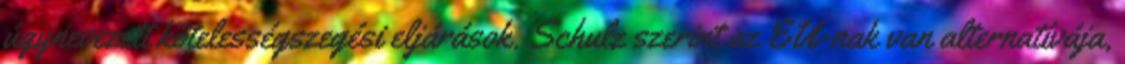
úgynevezett kötelességszegési eljárások. Schulz szerint az EU-nak van alternatívája,